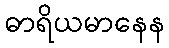
ဓာရိယမာနေန